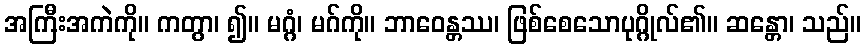
အကြီးအကဲကို။ ကတွာ၊ ၍။ မဂ္ဂံ၊ မဂ်ကို။ ဘာဝေန္တဿ၊ ဖြစ်စေသောပုဂ္ဂိုလ်၏။ ဆန္တော၊ သည်။